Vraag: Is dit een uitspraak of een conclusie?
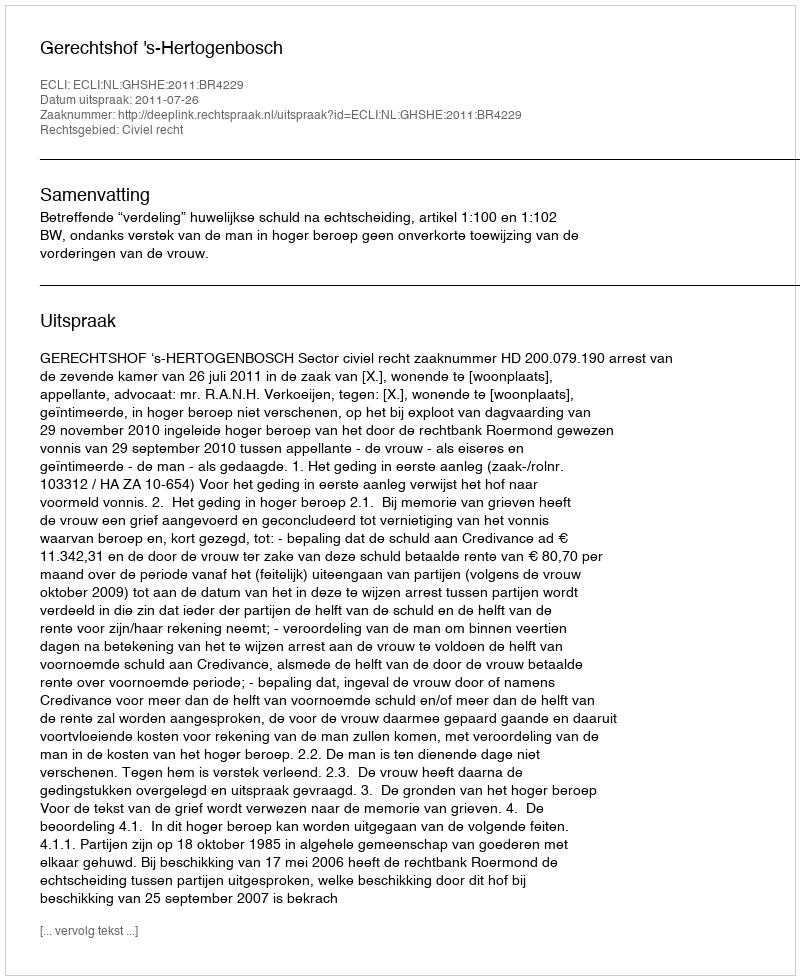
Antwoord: Uitspraak